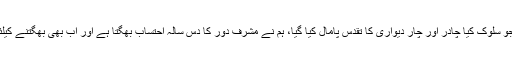
میرے ساتھ جو سلوک کیا چادر اور چار دیواری کا تقدس پامال کیا گیا، ہم نے مشرف دور کا دس سالہ احتساب بھگتا ہے اور اب بھی بھگتنے کیلئے تیار ہوں-